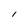
Character: 1